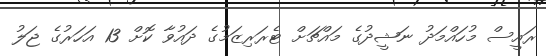
ރައީސް މުހައްމަދު ނަޝީދުގެ މައްޗަށް ޓެރަރިޒަމުގެ ދައުވާ ކޮށް 13 އަހަރުގެ ޖަލު